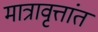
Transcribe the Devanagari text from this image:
मात्रावृत्तांत